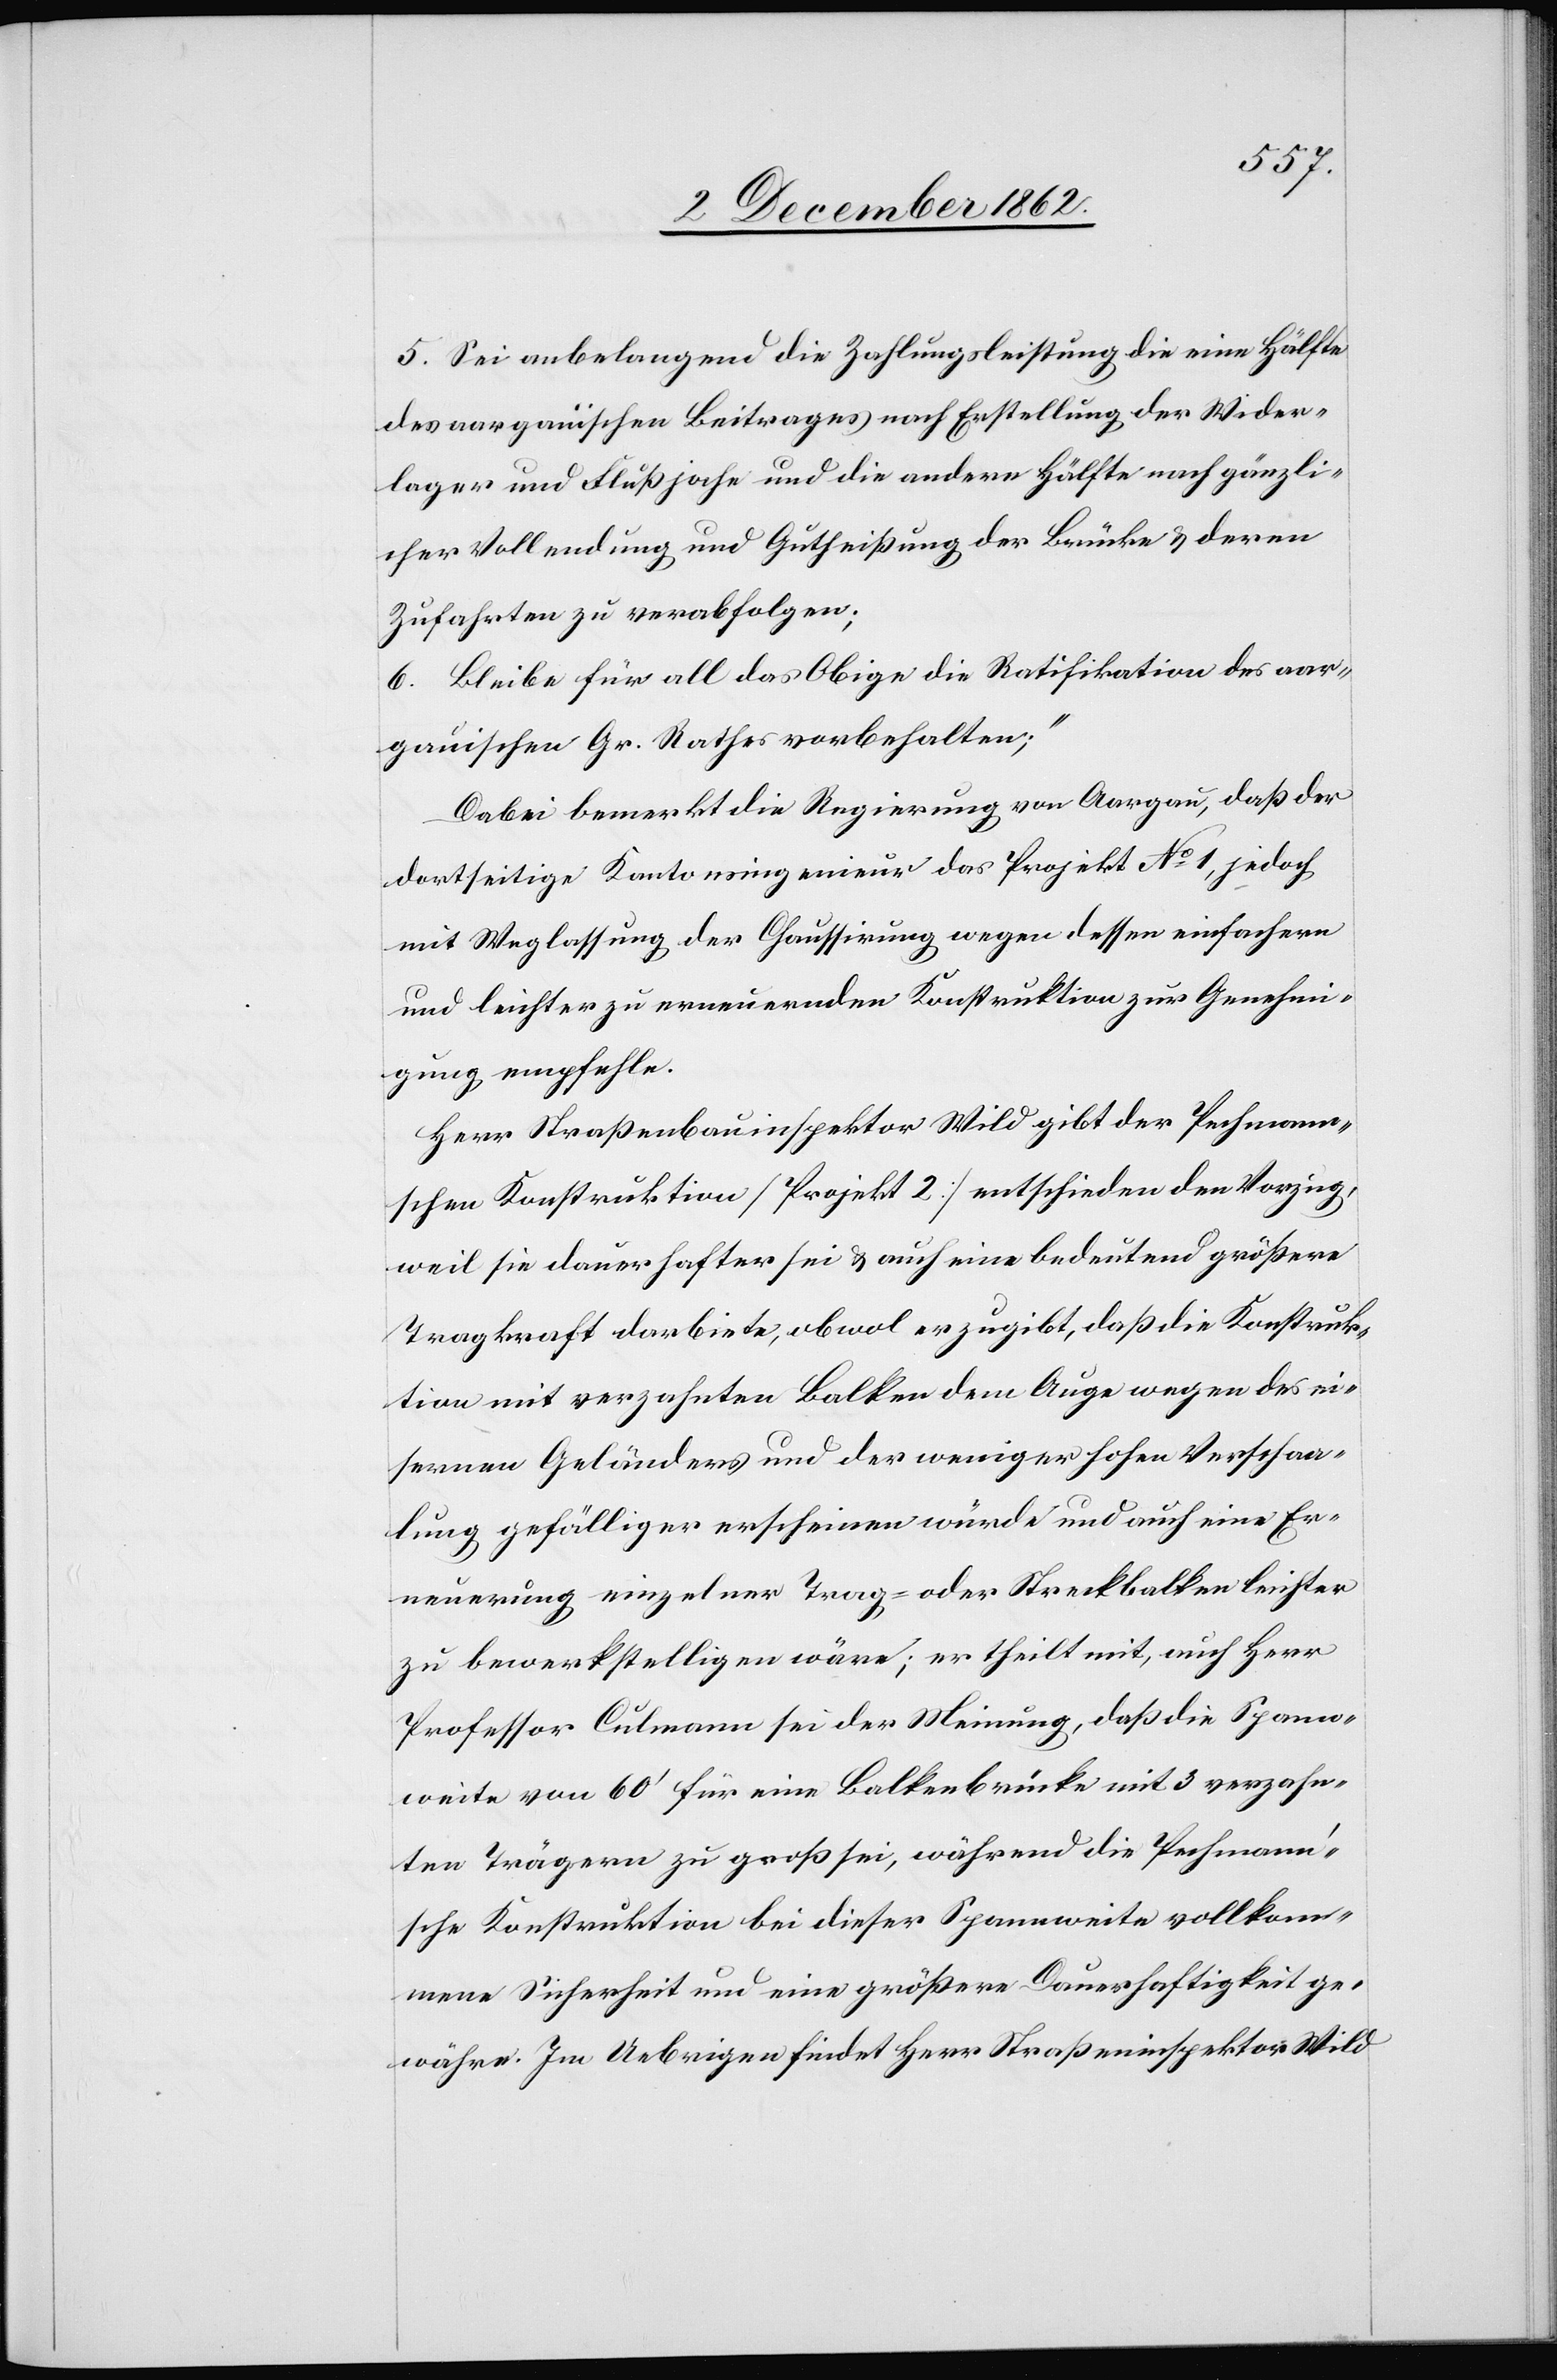
5. Sei anbelangend die Zahlungsleistung die eine Hälfte
des aargauischen Beitrages nach Erstellung der Wider¬
lager und Flußjoche und die andere Hälfte nach gänzli¬
cher Vollendung und Gutheißung der Brücke u. deren
Zufahrten zu verabfolgen;
6. Bleibe für all das Obige die Ratifikation des aar¬
gauischen Gr. Rathes vorbehalten;“
Dabei bemerkt die Regierung von Aargau, daß der
dortseitige Kantonsingenieur das Projekt No 1, jedoch
mit Weglassung der Chaussirung wegen dessen einfachern
und leichter zu erneuernden Konstruktion zur Genehmi¬
gung empfehle.
Herr Straßenbauinspektor Wild gibt der Pechmann¬
schen Konstruktion (Projekt 2) entschieden den Vorzug,
weil sie dauerhafter sei u. auch eine bedeutend größere
Tragkraft darbiete, obwol er zugibt, daß die Konstruk¬
tion mit verzahnten Balken dem Auge wegen des ei¬
sernen Geländers und der weniger hohen Verschaa¬
lung gefälliger erscheinen würde und auch eine Er¬
neuerung einzelner Trag- oder Streckbalken leichter
zu bewerkstelligen wäre; er theilt mit, auch Herr
Professor Culmann sei der Meinung, daß die Spann¬
weite von 60’ für eine Balkenbrücke mit 3 verzahn¬
ten Trägern zu groß sei, während die Pechmann’s¬
che Konstruktion bei dieser Spannweite vollkom¬
mene Sicherheit und eine größere Dauerhaftigkeit ge¬
währe. Im Uebrigen findet Herr Straßeninspektor Wild